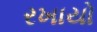
રખાયો